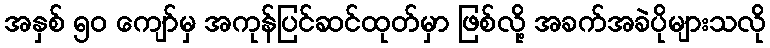
အနှစ် ၅၀ ကျော်မှ အကုန်ပြင်ဆင်ထုတ်မှာ ဖြစ်လို့ အခက်အခဲပိုများသလို